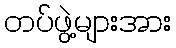
တပ်ဖွဲ့များအား